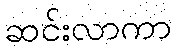
ဆင်းလာကာ